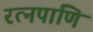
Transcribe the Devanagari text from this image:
रत्नपाणि